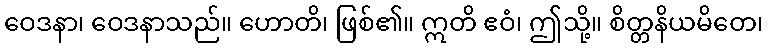
ဝေဒနာ၊ ဝေဒနာသည်။ ဟောတိ၊ ဖြစ်၏။ ဣတိ ဧဝံ၊ ဤသို့။ စိတ္တနိယမိတေ၊